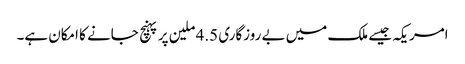
امریکہ جیسے ملک میں بے روزگاری 4.5 ملین پر پہنچ جانے کا امکان ہے۔